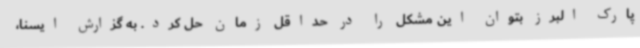
پارک البرز بتوان این مشکل را در حداقل زمان حل کرد. به گزارش ایسنا،